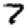
Digit: 7